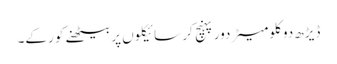
ڈیڑھ دو کلومیٹر دور پہنچ کر سائیکلوں پر بیٹھنے کو رکے۔